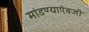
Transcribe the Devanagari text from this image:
मांडण्याऐवजी